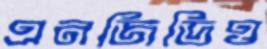
এনজিডিও